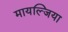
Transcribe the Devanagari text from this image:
मायल्जिया